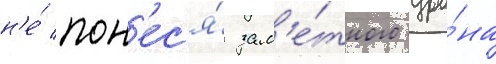
н'е́ пон'ес'я́ зам'е́тного уро́на